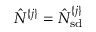
\hat { N } ^ { \{ j \} } = \hat { N } _ { \mathrm { s d } } ^ { \{ j \} }